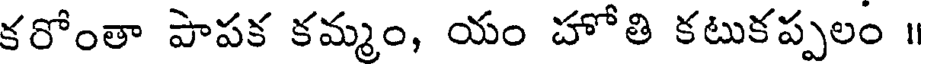
కరోంతా పాపక కమ్మం, యం హోతి కటుకప్పలం ॥